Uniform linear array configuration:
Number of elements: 8
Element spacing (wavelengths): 1
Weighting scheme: uniform
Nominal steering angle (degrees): -60
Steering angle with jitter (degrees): -60.943
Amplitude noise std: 0.05
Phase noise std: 0.05

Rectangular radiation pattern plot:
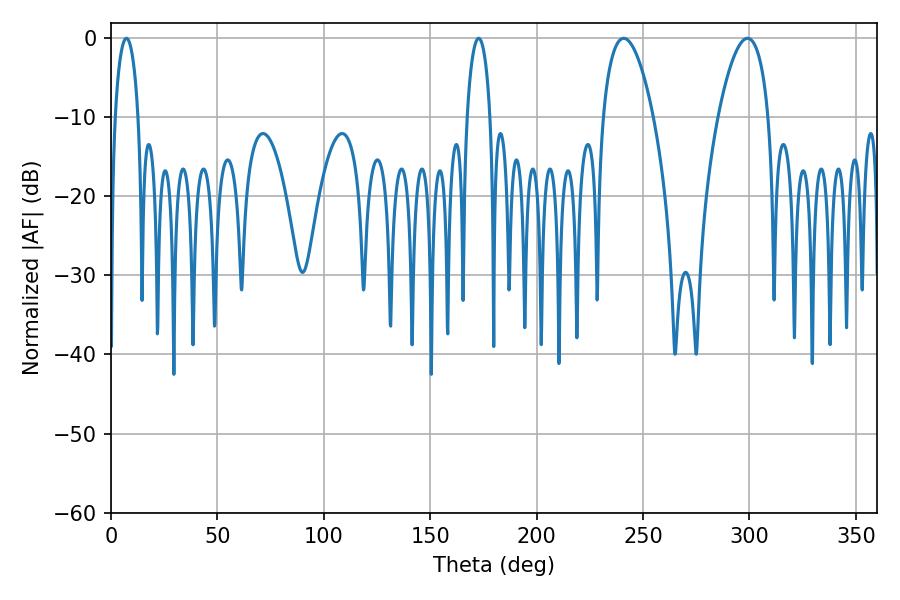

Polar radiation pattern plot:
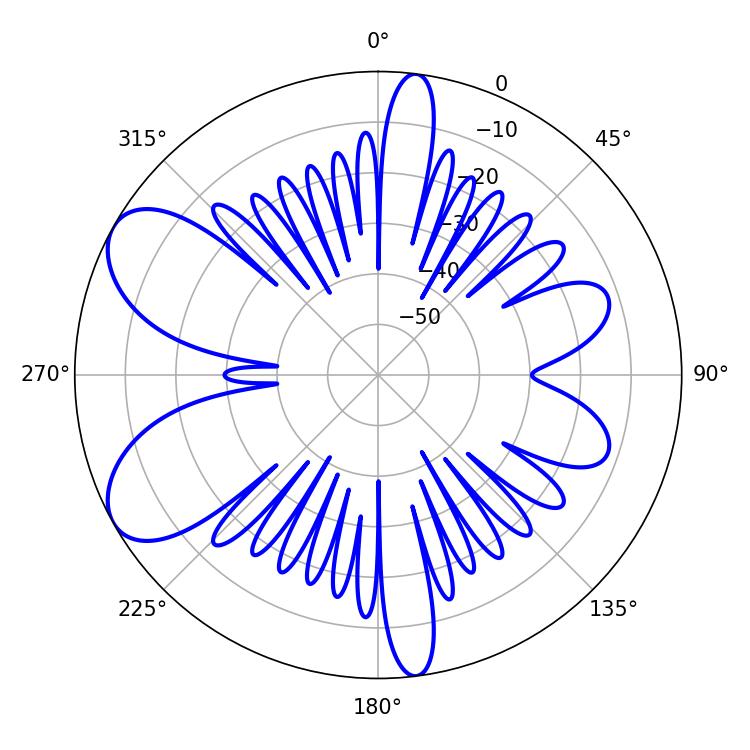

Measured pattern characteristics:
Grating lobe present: TRUE
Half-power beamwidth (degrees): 13.14
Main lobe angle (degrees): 240.84